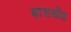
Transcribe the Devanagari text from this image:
बांसडीह